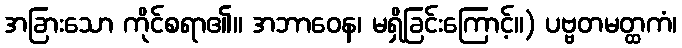
အခြားသော ကိုင်စရာ၏။ အဘာဝေန၊ မရှိခြင်းကြောင့်။) ပဗ္ဗတမတ္ထကံ၊